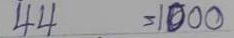
44 = 1000